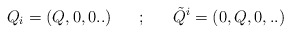
\begin{align*}Q_i = (Q,0,0..) ~~~~~;~~~~~{\tilde Q}^i=(0,Q,0,..)\end{align*}